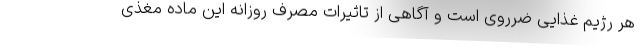
هر رژیم غذایی ضرروی است و آگاهی از تاثیرات مصرف روزانه این ماده مغذی